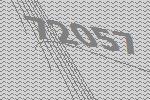
72057